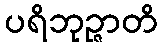
ပရိဘုဉ္ဇာတိ